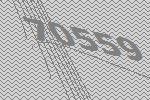
70559